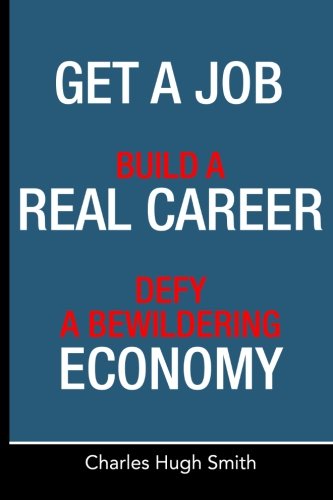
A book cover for Get a Job, Build a Real Career and Defy a Bewildering Economy; Charles Hugh Smith; Business & Money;